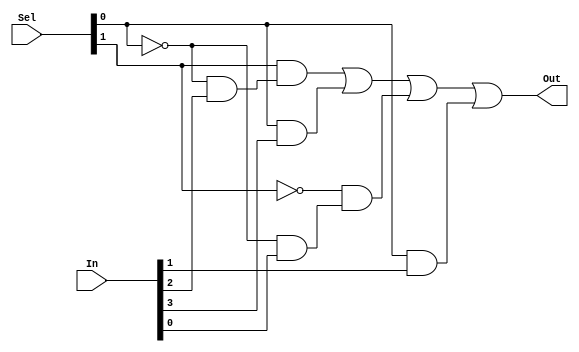
module mux_4to1_df(Out, In, Sel);
output Out;
input [3:0]In;
input [1:0]Sel;

/*
 00-In[0]
 01-In[1]
 10-In[2]
 11-In[3]
*/

assign Out = Sel[1]&(~Sel[0]&In[2])|(Sel[0]&In[3])|~Sel[1]&(~Sel[0]&In[0])|(Sel[0]&In[1]);

endmodule